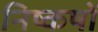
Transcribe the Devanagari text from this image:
निष्कषों